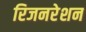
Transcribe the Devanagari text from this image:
रिजनरेशन